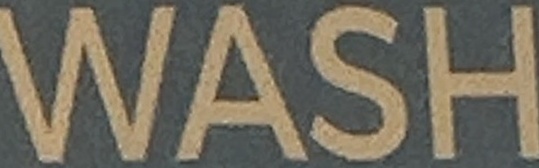
WASH